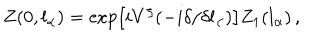
Z ( 0 , l _ { \alpha } ) = \exp \left[ i V ^ { \zeta } ( - i \delta / \delta l _ { \alpha } ) \right] Z _ { 1 } ( l _ { \alpha } ) \, ,